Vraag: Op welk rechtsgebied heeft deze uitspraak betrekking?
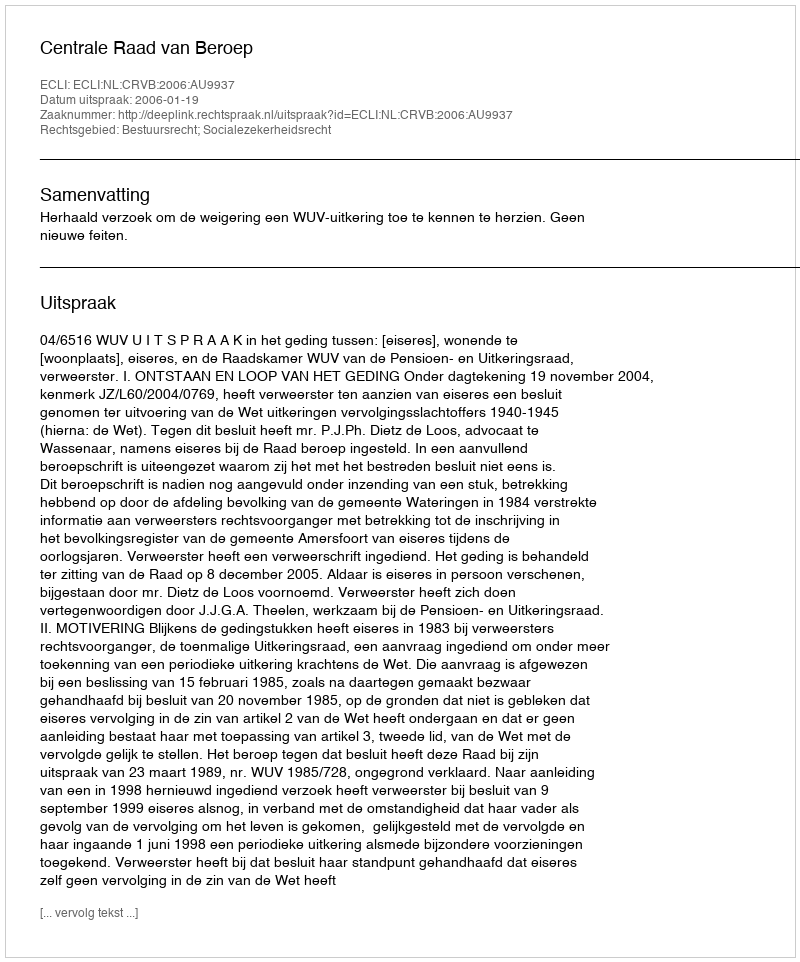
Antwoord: Bestuursrecht; Socialezekerheidsrecht